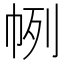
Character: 𢂥